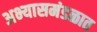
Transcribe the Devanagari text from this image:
अभ्यासमंडळात